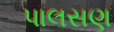
પાલસણ